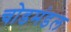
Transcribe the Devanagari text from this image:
चोडमंडल